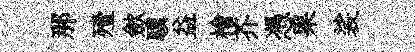
那殪歛驥益檜芥憑果裟